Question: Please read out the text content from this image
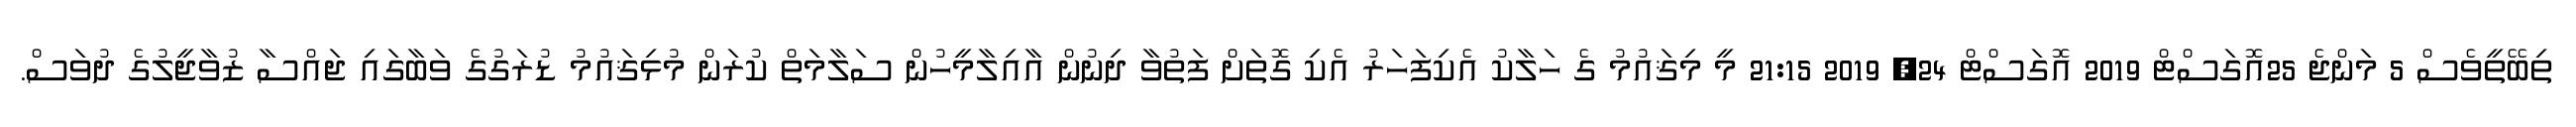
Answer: ތިބޭތީވެސް 5 މަންޖެ 25އޮގަސްޓް 2019 އޮގަސްޓް 24, 2019 21:15 މީ މިޤައުމު ގެ ހަލާކު އެކިފަހަރު އެކި ގޮތަށް ފަތުވާ ދިނުން އާއިލާމީހުން ސަލާމަތް ކުރަން މުޅިޤައުމު ޑުރަގުގެ ވަބާގައި ޖައްސާ ޒުވާޖީލުގެ ދުވަސް.